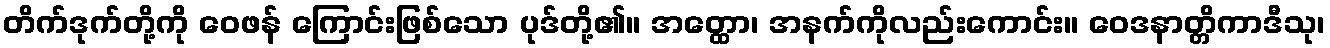
တိက်ဒုက်တို့ကို ဝေဖန် ကြောင်းဖြစ်သော ပုဒ်တို့၏။ အတ္ထော၊ အနက်ကိုလည်းကောင်း။ ဝေဒနာတ္တိကာဒီသု၊